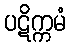
ပဋိက္ကမံ